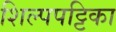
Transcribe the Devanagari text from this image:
शिल्पपट्टिका